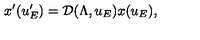
x ^ { \prime } ( u _ { E } ^ { \prime } ) = \mathcal { D } ( \Lambda , u _ { E } ) x ( u _ { E } ) ,